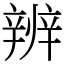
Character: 辨